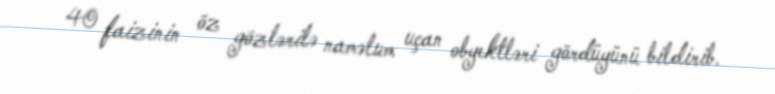
40 faizinin öz gözlərilə naməlum uçan obyektləri gördüyünü bildirib.